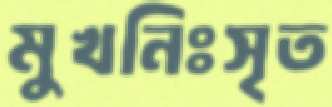
মুখনিঃসৃত